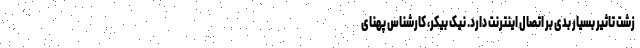
زشت تاثیر بسیار بدی بر اتصال اینترنت دارد. نیک بیکر، کارشناس پهنای